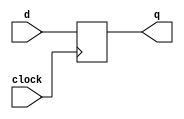
module dflipflop(d, clock, q);

input clock, d;
output reg q;

always @ (posedge clock) begin
	q <= d;
end
endmodule